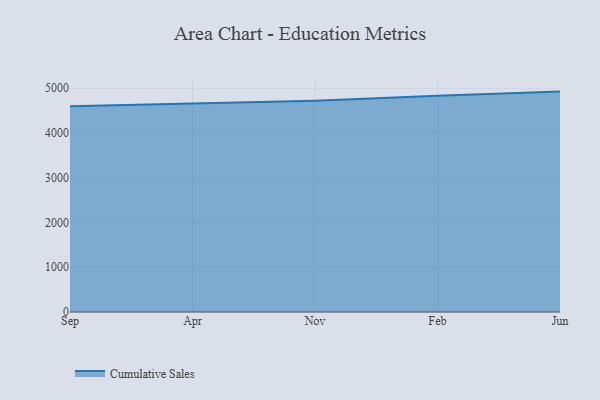
{"axis": {"x": "Month", "y": "Conversion Rate (%)"}, "legend": ["Cumulative Sales"], "data": [{"x": "Sep", "y": 4594.9, "type": "Cumulative Sales"}, {"x": "Apr", "y": 4656.9, "type": "Cumulative Sales"}, {"x": "Nov", "y": 4722.1, "type": "Cumulative Sales"}, {"x": "Feb", "y": 4829.7, "type": "Cumulative Sales"}, {"x": "Jun", "y": 4924.6, "type": "Cumulative Sales"}]}